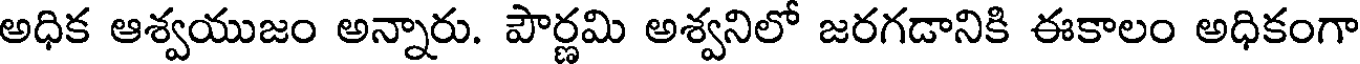
అధిక ఆశ్వయుజం అన్నారు. పౌర్ణమి అశ్వనిలో జరగడానికి ఈకాలం అధికంగా